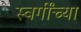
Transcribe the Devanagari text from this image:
स्वर्गींच्या